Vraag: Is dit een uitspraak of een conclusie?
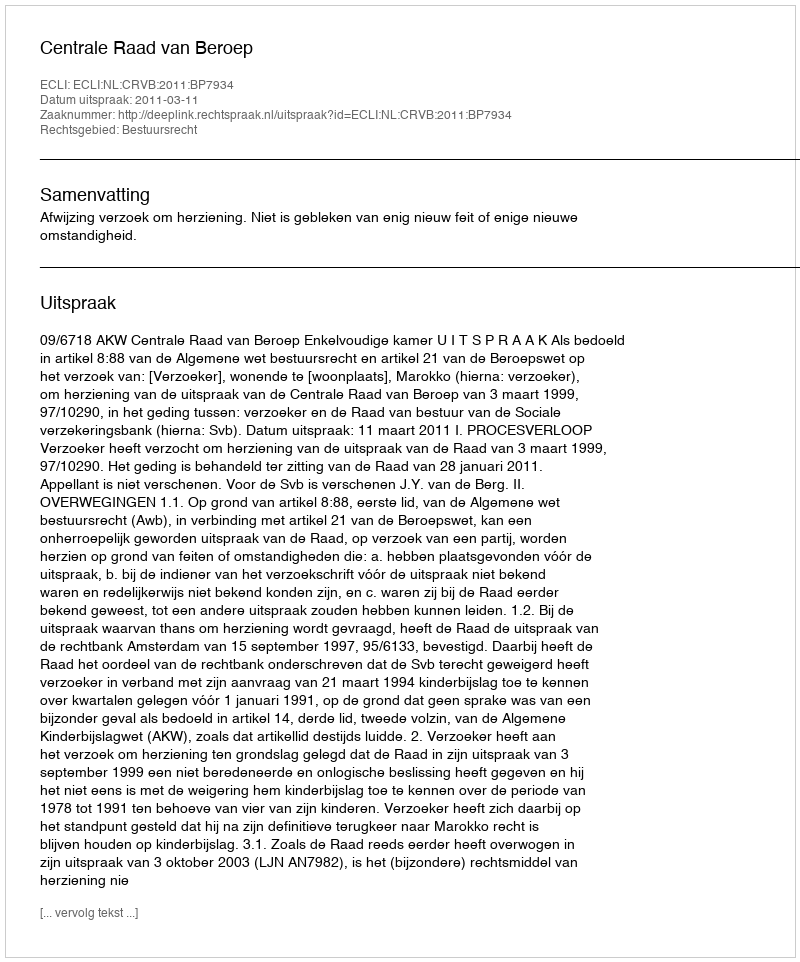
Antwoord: Uitspraak